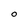
Character: O